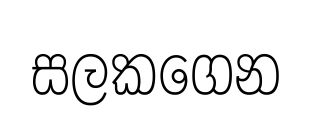
සලකගෙන